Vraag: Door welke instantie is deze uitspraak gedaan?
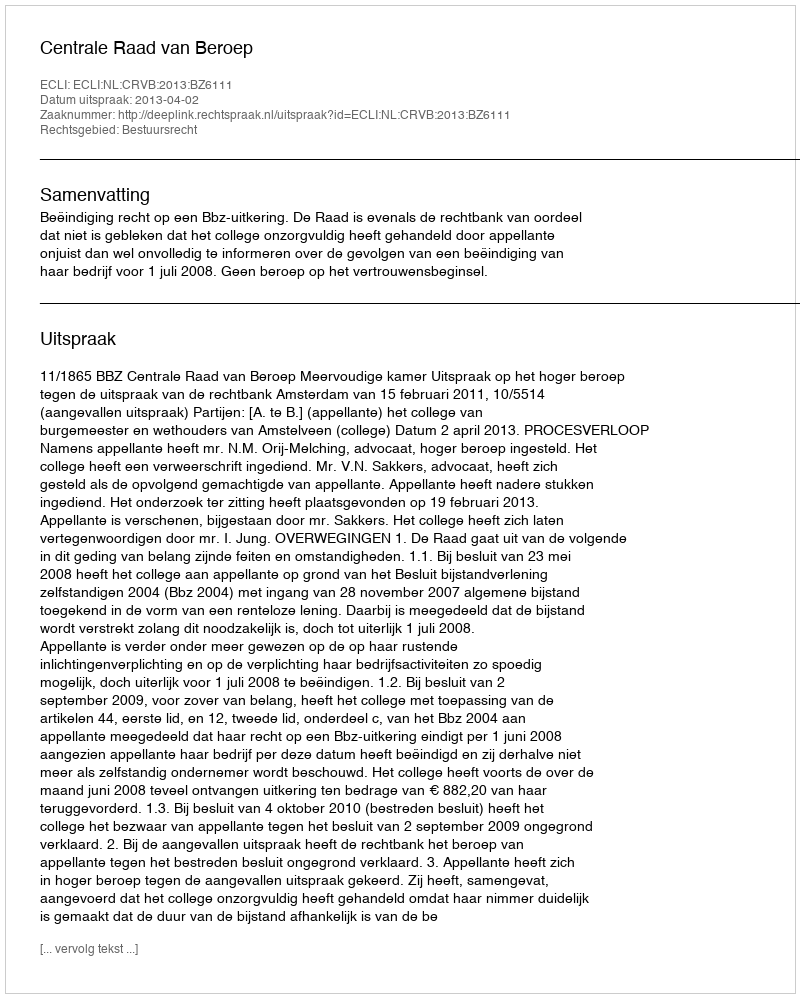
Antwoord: Centrale Raad van Beroep